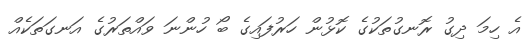
އެ ހިމަ ދިގު ރޮނގުތަކުގެ ކޮޅުން ހަރުފައިގެ ބޯ ހުންނަ ވައްތަރުގެ އަނގަތަކެއް